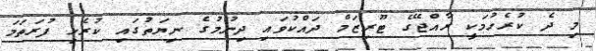
މި ދެ ކުރެހުމަކީ ރާއްޖޭގެ ޓޫރިޒަމް ދައްކުވައި ދިނުމުގެ ނިޔަތުގައި ކުރެހި ފުރަތަމަ